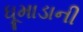
ધૂમાડાની